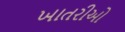
ખાતરીઓ